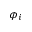
\phi _ { i }